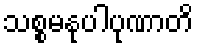
သစ္စမနုပါပုဏာတိ